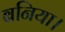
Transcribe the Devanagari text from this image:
बनिया।